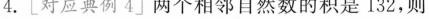
4.[对应典例4两个相邻自然数的积是132，则